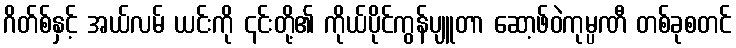
ဂိတ်စ်နှင့် အယ်လမ် ယင်းကို ၎င်းတို့၏ ကိုယ်ပိုင်ကွန်ပျူတာ ဆော့ဖ်ဝဲကုမ္ပဏီ တစ်ခုစတင်